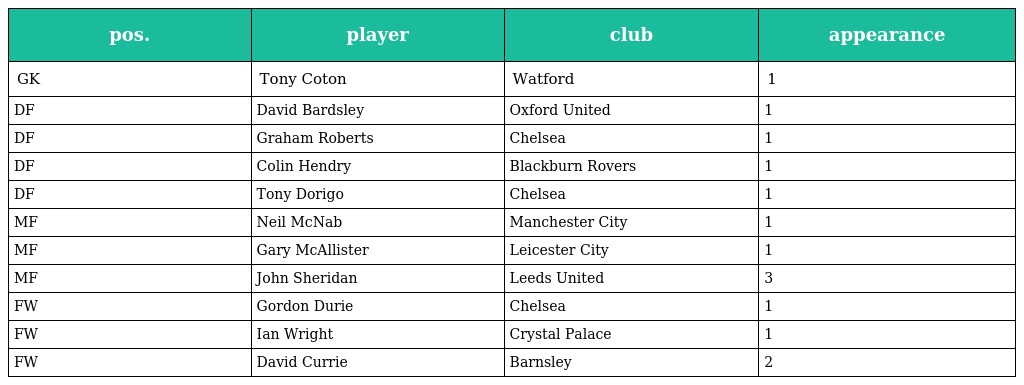
| pos. | player | club | appearance |
 | --- | --- | --- | --- |
 | GK | Tony Coton | Watford | 1 |
 | DF | David Bardsley | Oxford United | 1 |
 | DF | Graham Roberts | Chelsea | 1 |
 | DF | Colin Hendry | Blackburn Rovers | 1 |
 | DF | Tony Dorigo | Chelsea | 1 |
 | MF | Neil McNab | Manchester City | 1 |
 | MF | Gary McAllister | Leicester City | 1 |
 | MF | John Sheridan | Leeds United | 3 |
 | FW | Gordon Durie | Chelsea | 1 |
 | FW | Ian Wright | Crystal Palace | 1 |
 | FW | David Currie | Barnsley | 2 |